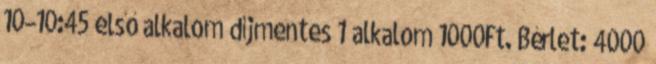
10–10:45 első alkalom díjmentes 1 alkalom 1000Ft. Bérlet: 4000